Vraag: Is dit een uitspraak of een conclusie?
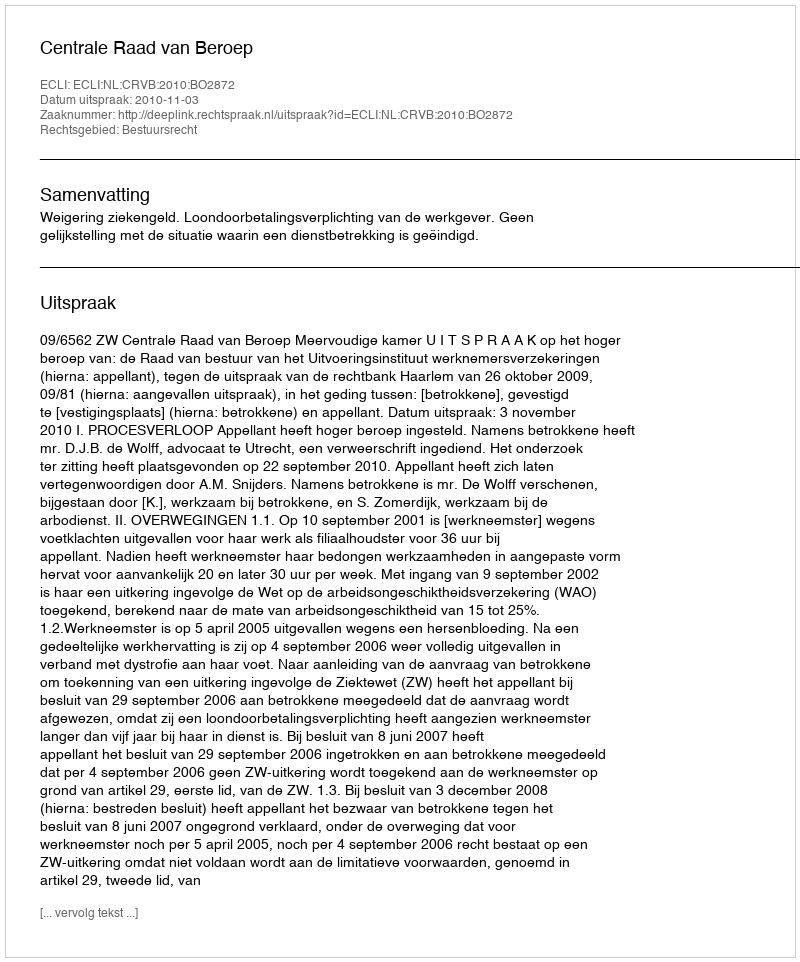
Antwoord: Uitspraak